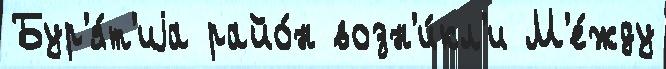
Бур'я́т'иjа райо́н возн'и́кл'и М'е́жду